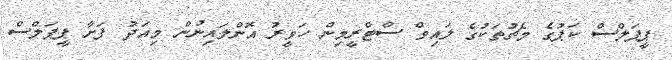
ޕީޕަލްސް ކަޕުގެ މެޗުތަކުގެ ލައިވް ސްޓްރީމިން ހަވީރު އޮންލައިނުން މިއަދު ފަށާ ޕީޕަލްސް